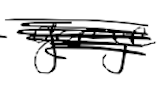
Text: garage
Cross-out: scratch
Writing tool: digital_black